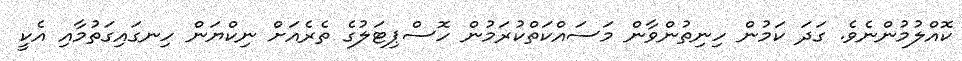
ކޮއްލުމުންނެވެ. ގަދަ ކަމުން ހިނިތުންވާން މަސައްކަތްކުރަމުން ހޮސްޕިޓަލުގެ ތެރެއަށް ނިކްޔަން ހިނގައިގަތުމާއި އެކީ